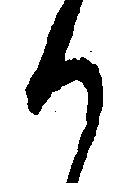
か